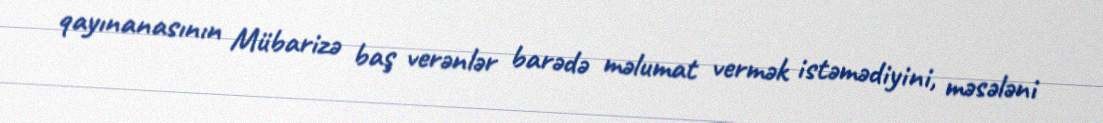
qayınanasının Mübarizə baş verənlər barədə məlumat vermək istəmədiyini, məsələni